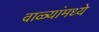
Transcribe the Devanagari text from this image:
वाळ्यांमध्ये